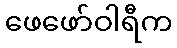
ဖေဖော်ဝါရီက